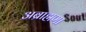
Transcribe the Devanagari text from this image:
अब्राह्मणा